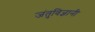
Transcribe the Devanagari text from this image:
जंतुविज्ञानी